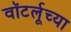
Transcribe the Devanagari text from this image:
वॉटर्लूच्या